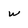
Character: w